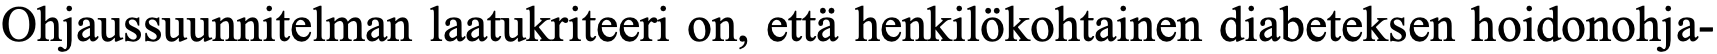
Ohjaussuunnitelman laatukriteeri on, että henkilökohtainen diabeteksen hoidonohja-